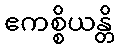
ဧကစ္စိယန္တိ